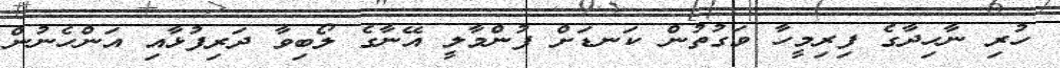
ހުރި ނާހިދާގެ ފިރިމީހާ ވަގުތުން ކަނޑަށް ފުންމާލީ އޭނާގެ ލޯބިވާ ދަރިފުޅާއި އަންހެނުން